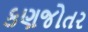
કણજોતર